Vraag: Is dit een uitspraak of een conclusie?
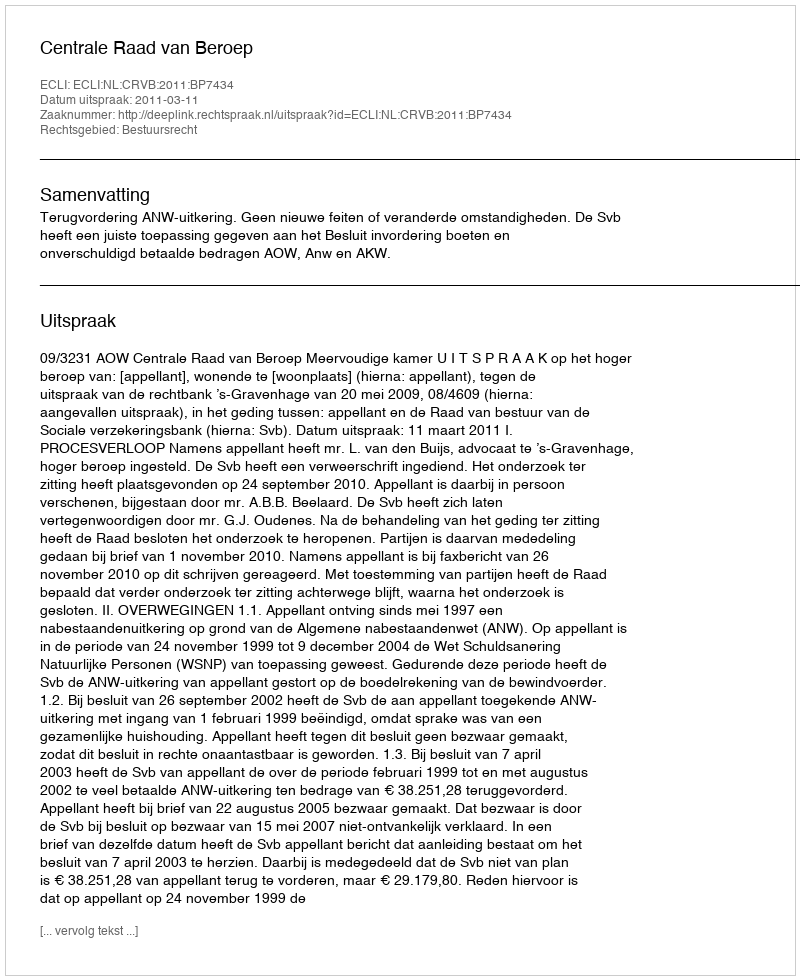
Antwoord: Uitspraak